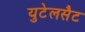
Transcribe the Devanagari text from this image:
युटेलसैट